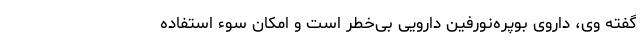
گفته وی، داروی بوپره‌نورفین دارویی بی‌خطر است و امکان سوء استفاده